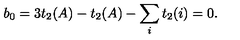
b _ { 0 } = 3 t _ { 2 } ( A ) - t _ { 2 } ( A ) - \sum _ { i } t _ { 2 } ( i ) = 0 .